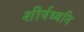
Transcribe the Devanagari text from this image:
शीर्षध्वनि